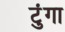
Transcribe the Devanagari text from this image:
टुंगा